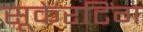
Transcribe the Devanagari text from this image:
सूकेरटिंग